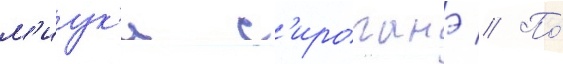
м'иук'и с'ироганэ // По́